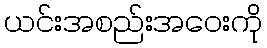
ယင်းအစည်းအဝေးကို